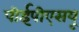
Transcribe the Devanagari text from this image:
पीईपीएसयू